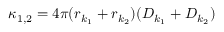
\kappa _ { 1 , 2 } = 4 \pi ( r _ { k _ { 1 } } + r _ { k _ { 2 } } ) ( D _ { k _ { 1 } } + D _ { k _ { 2 } } )